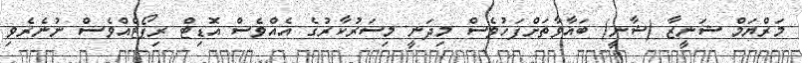
މަރްޔަމް ޝަނީޒާ (ޝާނީ) ބަޣާވާތަށްފަހުވެސް މިދަނީ މިސަރުކާރުގެ އެއްވެސް އޮޑިޓް ރިޕޯޓެއްވެސް ނުނެރެވި